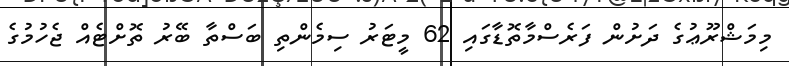
މިމަޝްރޫޢުގެ ދަށުން ފަރެސްމާތޮޑާގައި 62 މީޓަރު ސިމެންތި ބަސްތާ ބޭރު ތޮށްޓެއް ޖެހުމުގެ